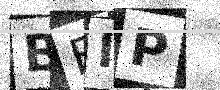
Text: BBIP